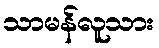
သာမန်လူသား